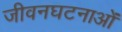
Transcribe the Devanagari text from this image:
जीवनघटनाओं